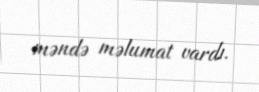
məndə məlumat vardı.